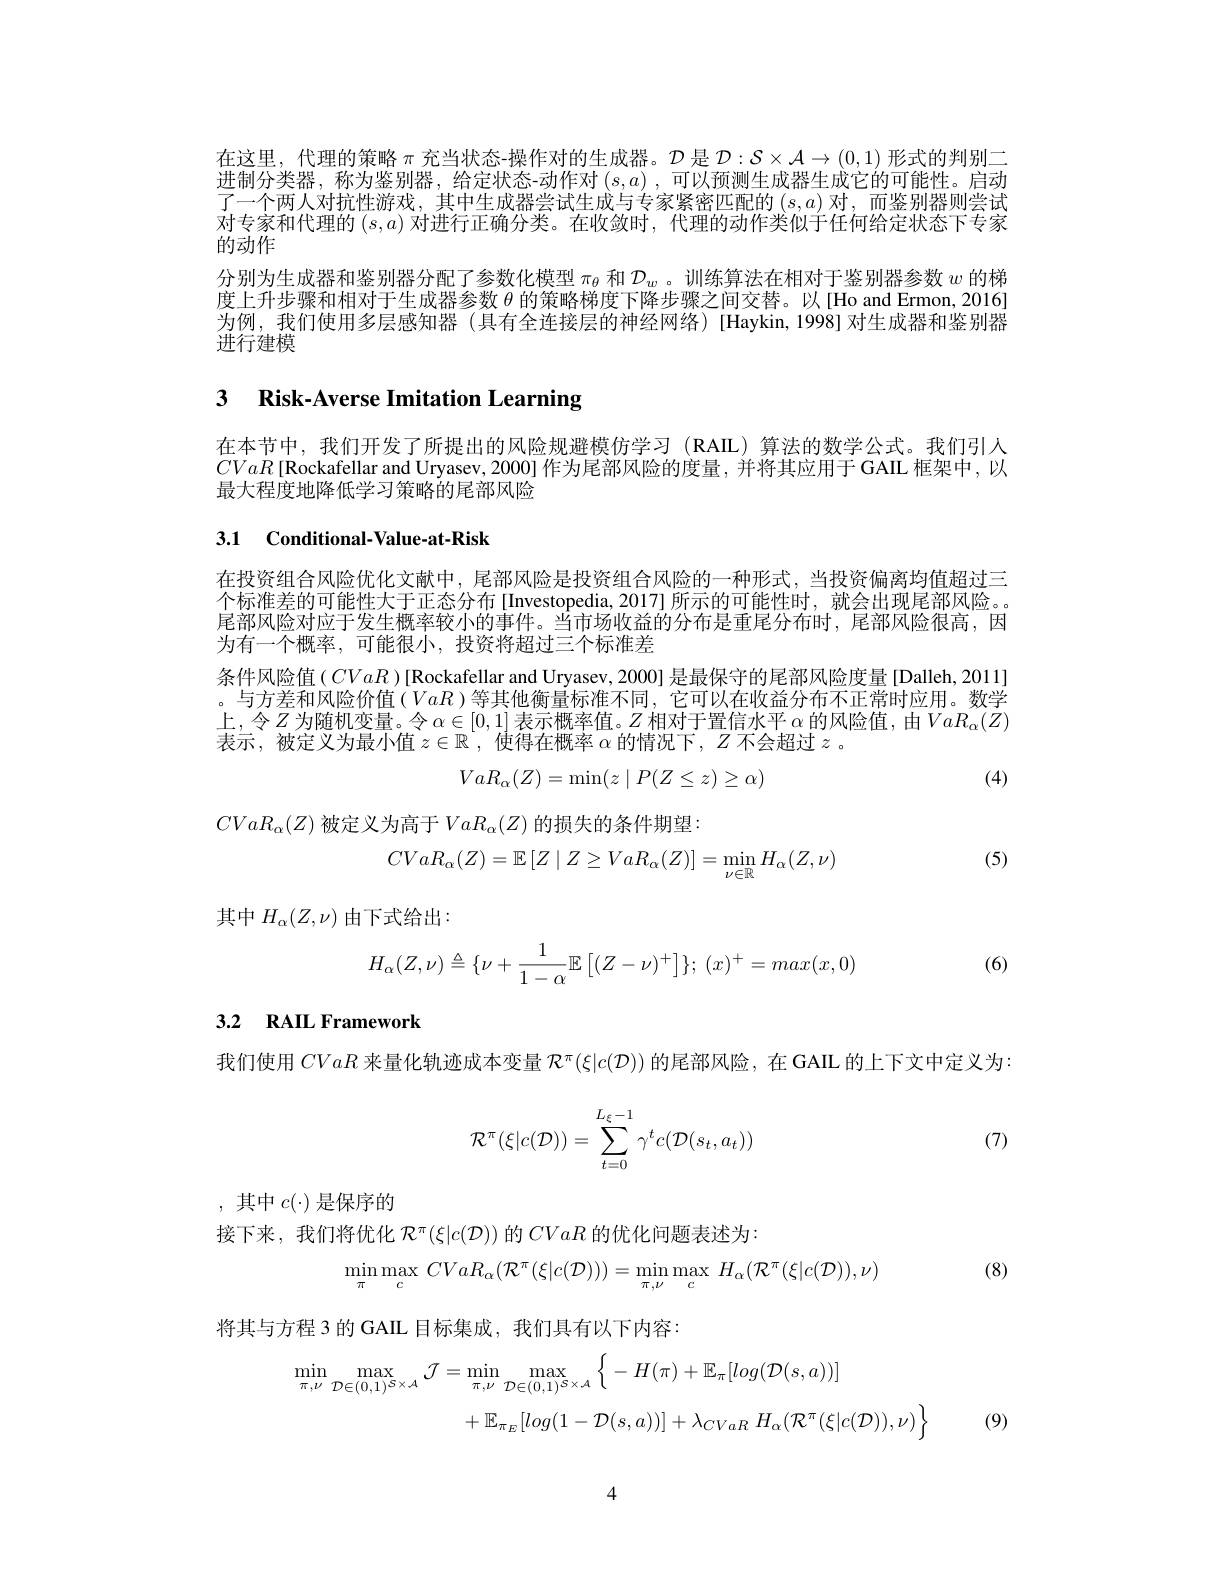
在这里，代理的策略$\pi$充当状态-操作对的生成器。$\mathcal{D}$是$\mathcal{D}:\mathcal{S}\times\mathcal{A}\to(0,1)$形式的判别二进制分类器，称为鉴别器，给定状态-动作对($s, a)$ , 可以预测生成器生成它的可能性。启动了一个两人对抗性游戏，其中生成器尝试生成与专家紧密匹配的$\left(s,a\right)$对，而鉴别器则尝试对专家和代理的$(s,a)$对进行正确分类。在收敛时，代理的动作类似于任何给定状态下专家的动作
分别为生成器和鉴别器分配了参数化模型$\pi_\theta$和$\mathcal{D}_w$ 。训练算法在相对于鉴别器参数$w$的梯度上升步骤和相对于生成器参数$\theta$的策略梯度下降步骤之间交替。以[Ho and Ermon, 2016] 为例，我们使用多层感知器(具有全连接层的神经网络)[Haykin,1998]对生成器和鉴别器进行建模

## 3 Risk-Averse Imitation Learning

在本节中，我们开发了所提出的风险规避模仿学习(RAIL)算法的数学公式。我们引人$CVaR\left[\text{Rockafellar and Uryasev,2000] 作为尾部风险的度量，并将其应用于GAIL 框架中，以}\right]$ 最大程度地降低学习策略的尾部风险

## 3.1 Conditional-Value-at-Risk

在投资组合风险优化文献中，尾部风险是投资组合风险的一种形式，当投资偏离均值超过三个标准差的可能性大于正态分布[Investopedia,2017]所示的可能性时，就会出现尾部风险。。尾部风险对应于发生概率较小的事件。当市场收益的分布是重尾分布时，尾部风险很高，因为有一个概率，可能很小，投资将超过三个标准差

条件风险值(CVaR )[Rockafellar and Uryasev, 2000] 是最保守的尾部风险度量 [Dalleh, 2011] 。与方差和风险价值(VaR)等其他衡量标准不同，它可以在收益分布不正常时应用。数学上，令$Z$为随机变量。令 $\alpha\in[0,1]$ 表示概率值。$Z$ 相对于置信水平$\alpha$ 的风险值，由$VaR_\alpha(Z)$ 表示，被定义为最小值$z\in\mathbb{R}^{\prime}$,使得在概率$\overline\alpha$的情况下，$Z$不会超过$z$ 。
$$VaR_\alpha(Z)=\min(z\mid P(Z\leq z)\geq\alpha)$$
(4)

$CVaR_\alpha(Z)$ 被定义为高于$VaR_\alpha(Z)$ 的损失的条件期望：

(5)
$$CVaR_\alpha(Z)=\mathbb{E}\left[Z\mid Z\ge VaR_\alpha(Z)\right]=\operatorname*{min}_{\nu\in\mathbb{R}}H_\alpha(Z,\nu)$$
其中$H_\alpha(Z,\nu)$由下式给出：
$$H_\alpha(Z,\nu)\triangleq\{\nu+\dfrac{1}{1-\alpha}\mathbb{E}\left[(Z-\nu)^+\right]\};\:(x)^+=max(x,0)$$
(6)

## 3.2 RAIL Framework

我们使用CVaR来量化轨迹成本变量$\mathcal{R}^\pi(\xi|c(\mathcal{D}))$的尾部风险，在 GAIL 的上下文中定义为：
$$\mathcal{R}^\pi(\xi|c(\mathcal{D}))=\sum\limits_{t=0}^{L_\xi-1}\gamma^tc(\mathcal{D}(s_t,a_t))$$
(7)

,其中$c(\cdot)$是保序的

接下来，我们将优化$\mathcal{R}^\pi(\xi|c(\mathcal{D}))$的CVaR的优化问题表述为：

(8)
$$\operatorname*{in}_{\pi}\operatorname*{max}_{c}\:CVaR_{\alpha}(\mathcal{R}^{\pi}(\xi|c(\mathcal{D})))=\operatorname*{min}_{\pi,\nu}\operatorname*{max}_{c}\:H_{\alpha}(\mathcal{R}^{\pi}(\xi|c(\mathcal{D})),\nu)$$
将其与方程 3 的 GAIL 目标集成，我们具有以下内容：
$$\begin{aligned}\operatorname*{min}_{\pi,\nu}\operatorname*{max}_{\mathcal{D}\in(0,1)^{\mathcal{S}\times\mathcal{A}}}\mathcal{J}&=\operatorname*{min}_{\pi,\nu}\operatorname*{max}_{\mathcal{D}\in(0,1)^{\mathcal{S}\times\mathcal{A}}}\left\{-H(\pi)+\mathbb{E}_{\pi}[log(\mathcal{D}(s,a))]\\&+\mathbb{E}_{\pi_{E}}[log(1-\mathcal{D}(s,a))]+\lambda_{CVaR}\:H_{\alpha}(\mathcal{R}^{\pi}(\xi|c(\mathcal{D})),\nu)\right\}\end{aligned}$$
(9)

4